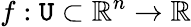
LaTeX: f:\mathtt{U}\subset\mathbb{{R}}^{n}\to\mathbb{{R}}